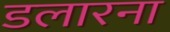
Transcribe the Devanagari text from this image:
डलारना